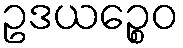
ဥဒယဉ္စေဝ